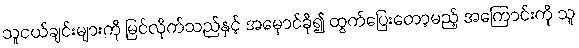
သူငယ်ချင်းများကို မြင်လိုက်သည်နှင့် အမှောင်ခို၍ ထွက်ပြေးတော့မည့် အကြောင်းကို သူ